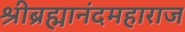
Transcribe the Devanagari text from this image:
श्रीब्रह्मानंदमहाराज